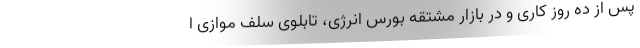
پس از ده روز کاری و در بازار مشتقه بورس انرژی، تابلوی سلف موازی ا